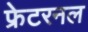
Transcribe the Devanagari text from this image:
फ्रेटरनल